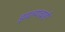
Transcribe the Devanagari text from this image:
इमल्याचाही